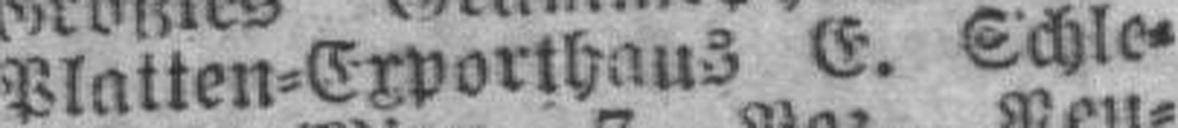
Platten=Exporthaus E. Schle¬